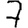
Digit: 7